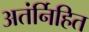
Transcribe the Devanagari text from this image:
अतंर्निहित